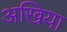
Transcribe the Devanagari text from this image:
अखिया